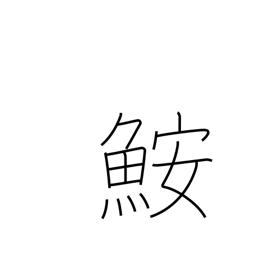
Meaning: angler-fish